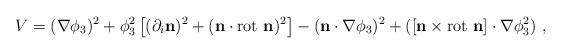
LaTeX: \begin{align*}V= (\nabla \phi_3)^2+ \phi_3^2\left[(\partial_i{\mathbf{n}})^2+ (\mathbf{n}\cdot{\rm rot}{\ \mathbf{n}})^2\right] -(\mathbf{n} \cdot \nabla \phi_3)^2+ ([\mathbf{n} \times \mbox{rot\ } \mathbf{n} ] \cdot \nabla \phi_3^2)~,\end{align*}